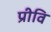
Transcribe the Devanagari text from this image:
प्रीवि